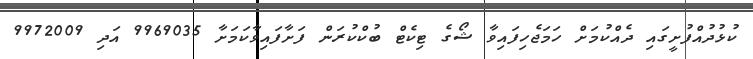
ކުޅުދުއްފުށީގައި ދެއްކުމަށް ހަމަޖެހިފައިވާ ޝޯގެ ޓިކެޓް ބުކްކުރަން ފަށާފައިވާކަމަށާ 9969035 އަދި 9972009